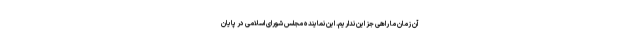
آن زمان ما راهی جز این نداریم. این نماینده مجلس شورای اسلامی در پایان